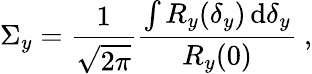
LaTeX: \Sigma_{y}=\frac{1}{{\sqrt{2\pi}}}\frac{{\int{R_{y}(\delta_{y})\, \mathrm{d}\delta_{y}}}}{{R_{y}(0)}}~,